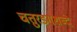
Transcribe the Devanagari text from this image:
चतुरङ्गशब्दे